Statistical return of the lunatic asylum in Assam - 1912-1932
Year: 1912
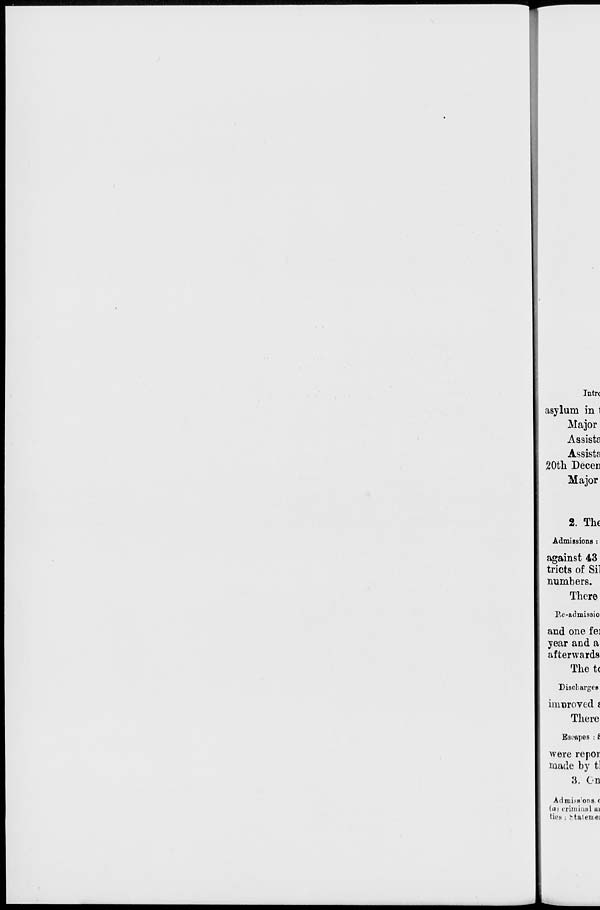
Intr<
asylum in 1
Major
Assists
Assists
20th Decen
Major
2. The
Admissions :
against 43
tricts of Sil
numbers.
There
P.e-admissio
and one fe:
year and a
afterwards
The t(
Discharges
improved i
There
Escapes : t
were repor
made by tl
8. On
Admissions, t
(ai criminal a<
tios ; (
k taten<ei